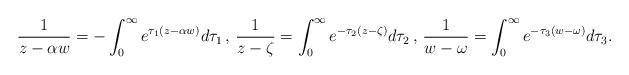
LaTeX: \begin{align*}\frac 1{z-\alpha w}=-\int_0^\infty e^{\tau_1(z-\alpha w)}d\tau_1\,,\,\frac 1{z-\zeta}=\int_0^\infty e^{-\tau_2(z-\zeta)}d\tau_2\,,\,\frac 1{w-\omega}=\int_0^\infty e^{-\tau_3(w-\omega)}d\tau_3.\end{align*}